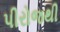
પીરોજથી